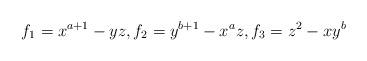
LaTeX: \begin{align*}f_1=x^{a+1}-yz,f_2=y^{b+1}-x^az,f_3=z^2-xy^b\end{align*}